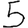
Digit: 5